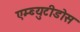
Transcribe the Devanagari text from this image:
एम्ब्युटीडोस